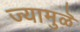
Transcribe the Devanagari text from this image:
ज्यामुळॆ